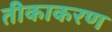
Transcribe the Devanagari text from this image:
तीकाकरण